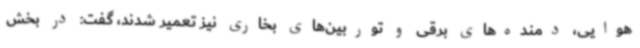
هوایی، دمنده‌های برقی و توربین‌های بخاری نیز تعمیر شدند، گفت: در بخش